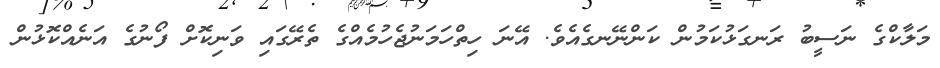
މަލާކްގެ ނަސީބު ރަނގަޅުކަމުން ކަންނޭނގެއެވެ. އޭނަ ހިތްހަމަނުޖެހުމެއްގެ ތެރޭގައި ވަނިކޮށް ފޯނުގެ އަނެއްކޮޅުން